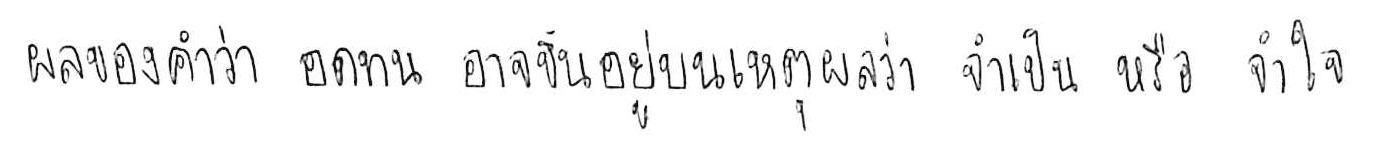
ผลของคำว่า อดทน อาจขึ้นอยู่บนเหตุผลว่า จำเป็น หรือ จำใจ